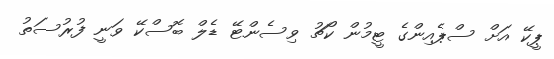
ޕީކޭ އަށް ސްޕެއިންގެ ޓީމުން ކޯޗު ވިސެންޓޭ ޑެލް ބޮސްކޭ ވަނީ ފުރުސަތު